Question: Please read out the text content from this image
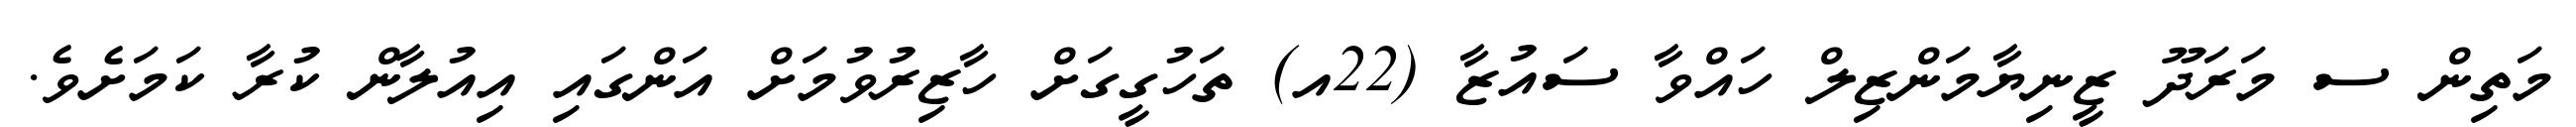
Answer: މަތިން ސ މަރަދޫ ޒީނިޔާމަންޒިލް ހައްވާ ސައުޒާ (22އ) ތަހުގީގަށް ހާޒިރުވުމަށް އަންގައި އިއުލާން ކުރާ ކަމަށެވެ.